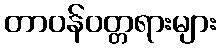
တာဝန်ဝတ္တရားများ